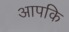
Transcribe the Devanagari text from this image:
आपकि